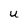
Character: U